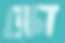
ক্রো